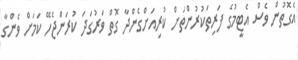
އެގޮތުން ވެސް އެޓީމުގެ ފަރިތަކުރުންތަށް ކުރިއަށްގެންދާ ގޮތް ވަރުގަދަ ކުރަންޖެހޭ ކަމަށް ވެންގާ